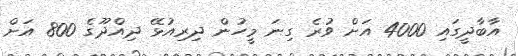
އާބާދީގައި 4000 އަށް ވުރެ ގިނަ މީހުން ދިރިއުޅޭ ދިއްދޫގެ 800 އަށް